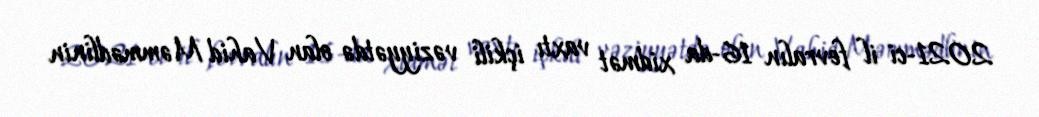
2021-ci il fevralın 16-da xidmət vaxtı içkili vəziyyətdə olan Vahid Məmmədlinin